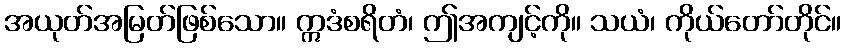
အယုတ်အမြတ်ဖြစ်သော။ ဣဒံစရိတံ၊ ဤအကျင့်ကို။ သယံ၊ ကိုယ်တော်တိုင်။